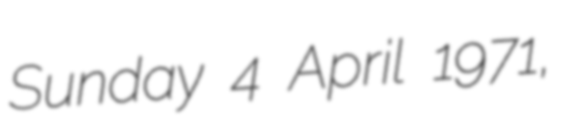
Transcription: Sunday 4 April 1971,